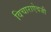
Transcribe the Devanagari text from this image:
विचाराऐवजी